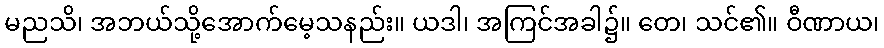
မညသိ၊ အဘယ်သို့အောက်မေ့သနည်း။ ယဒါ၊ အကြင်အခါ၌။ တေ၊ သင်၏။ ဝီဏာယ၊